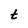
Character: t